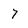
Character: 7